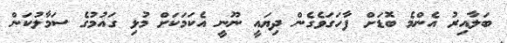
ބަލާއިރު އެންމެ ބޮޑަށް ފާހަގަވެގެން ދިޔައީ ނޫނީ އެކަމަކަށް މުޅި ގައުމުގެ ސަމާލުކަން